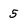
Character: 5